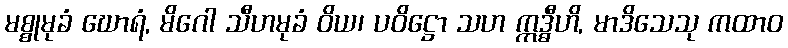
မစ္စုမုခံ ဃောရံ, မိဂေါ သီဟမုခံ ဝိယ၊ ပဝိဋ္ဌော သဟ ဣဒ္ဓီဟိ, မာဒိသေသု ကထာဝ